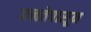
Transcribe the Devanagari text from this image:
जनतेपासून